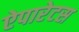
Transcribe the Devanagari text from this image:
ऐपारेटस